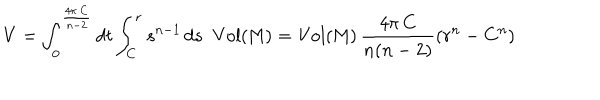
LaTeX: V = \int _ { 0 } ^ { \frac { 4 \pi \, C } { n - 2 } } d t \int _ { C } ^ { r } s ^ { n - 1 } \, d s \, \, \, \mathrm { V o l ( M ) } = \mathrm { V o l ( M ) } \, \frac { 4 \pi \, C } { n ( n - 2 ) } \left( r ^ { n } - C ^ { n } \right)